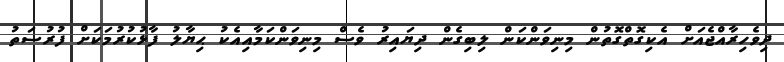
ދިވެހިރާއްޖެއަށް އެކިގޮތްގޮތުން މިނިވަންކަން ލިބިގެން ދިޔައިރު ވެސް މިނިވަންކަމާއިއެކު ޙިޔާލު ފާޅުކުރުމަކަށް ފުރުސަތު